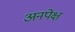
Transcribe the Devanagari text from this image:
अनपेक्ष